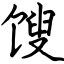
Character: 馊